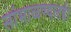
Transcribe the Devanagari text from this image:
सांभाळण्यातही